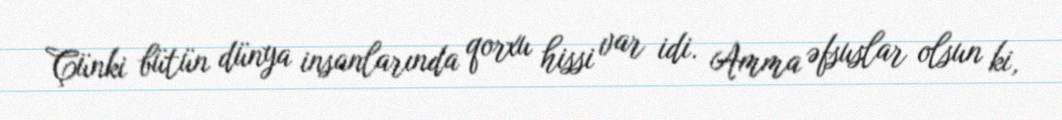
Çünki bütün dünya insanlarında qorxu hissi var idi. Amma əfsuslar olsun ki,